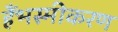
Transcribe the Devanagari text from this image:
हैंभस्मीकरण